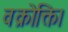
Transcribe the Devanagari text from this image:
वक्रोक्ति।